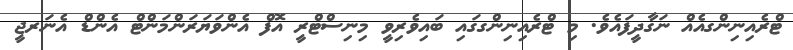
ޓްރެއިނިންގއެއް ނަގާދީފައެވެ. މި ޓްރެއިނިންގގައި ބައިވެރިވީ މިނިސްޓްރީ އޮފް އެންވަޔަރަންމަންޓް އެންޑް އެނަރޖީ